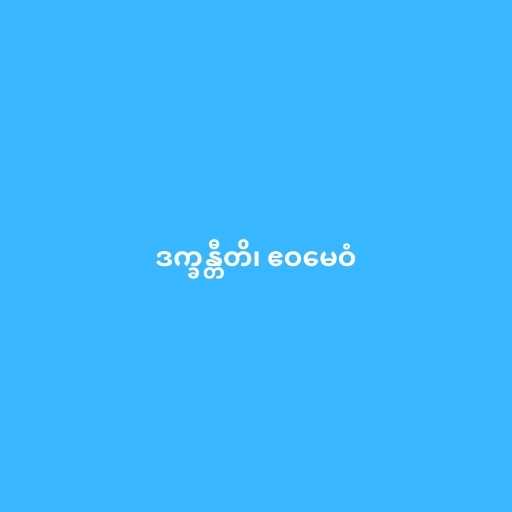
ဒက္ခန္တီတိ၊ ဧဝမေဝံ